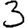
Digit: 3